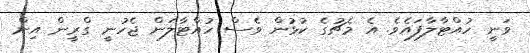
ވަނީ ހުއްޓާލާފައެވެ. އެ މެޗުގެ ކުޅުން ވެސް ހުއްޓާލަން ޖެހުނީ ގްރީން އިން